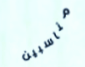
مناسبين